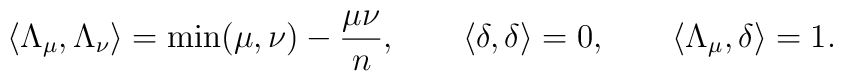
\langle \Lambda_{\mu},\Lambda_{\nu} \rangle = \mbox{min}(\mu,\nu)-\frac{\mu \nu}{n},\qquad\langle \delta,\delta \rangle =0,\qquad \langle \Lambda_{\mu},\delta \rangle=1.